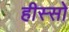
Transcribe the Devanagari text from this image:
हीस्सो